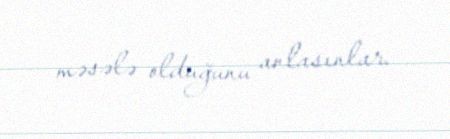
məsələ olduğunu anlasınlar.